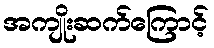
အကျိုးဆက်ကြောင့်